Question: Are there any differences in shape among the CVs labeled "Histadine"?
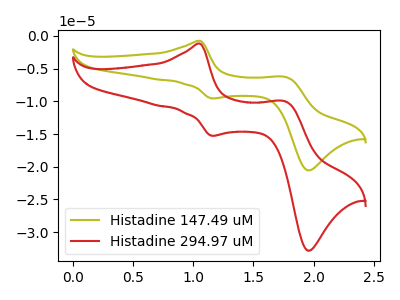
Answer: <think>The olive curve "Histadine 147.49 uM" has anodic peaks at (1.05V, -0.75uA) (1.75V, -6.25uA) and cathodic peaks at (1.15V, -9.55uA) (1.95V, -20.55uA). The red curve "Histadine 294.97 uM" has anodic peaks at (1.05V, -1.20uA) (1.75V, -10.00uA) and cathodic peaks at (1.15V, -15.25uA) (1.95V, -32.85uA).
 All the peaks in "Histadine 147.49 uM" have a peak in "Histadine 294.97 uM" at the same potential.</think>
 <answer>All the CV's of "Histadine" have similar shape.</answer>
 <eval>follow_rule</eval>